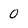
Character: 0